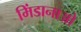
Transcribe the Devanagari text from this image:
मिंडानाओ